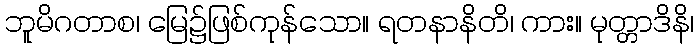
ဘူမိဂတာစ၊ မြေ၌ဖြစ်ကုန်သော။ ရတနာနိတိ၊ ကား။ မုတ္တာဒိနိ၊